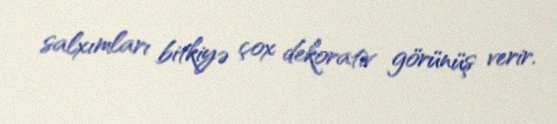
salxımları bitkiyə çox dekorativ görünüş verir.